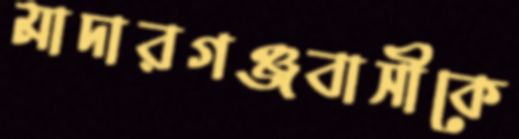
মাদারগঞ্জবাসীকে